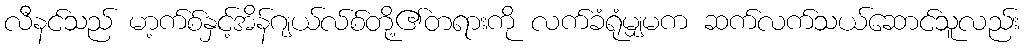
လီနင်သည် မာ့က်စ်နှင့်အိန်ဂျယ်လ်စ်တို့၏တရားကို လက်ခံရုံမျှမက ဆက်လက်သယ်ဆောင်သူလည်း